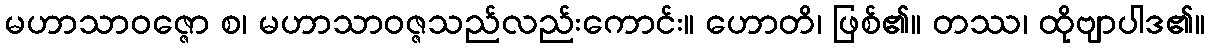
မဟာသာဝဇ္ဇော စ၊ မဟာသာဝဇ္ဇသည်လည်းကောင်း။ ဟောတိ၊ ဖြစ်၏။ တဿ၊ ထိုဗျာပါဒ၏။